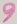
Text: 9